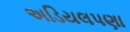
અડિયલપણા